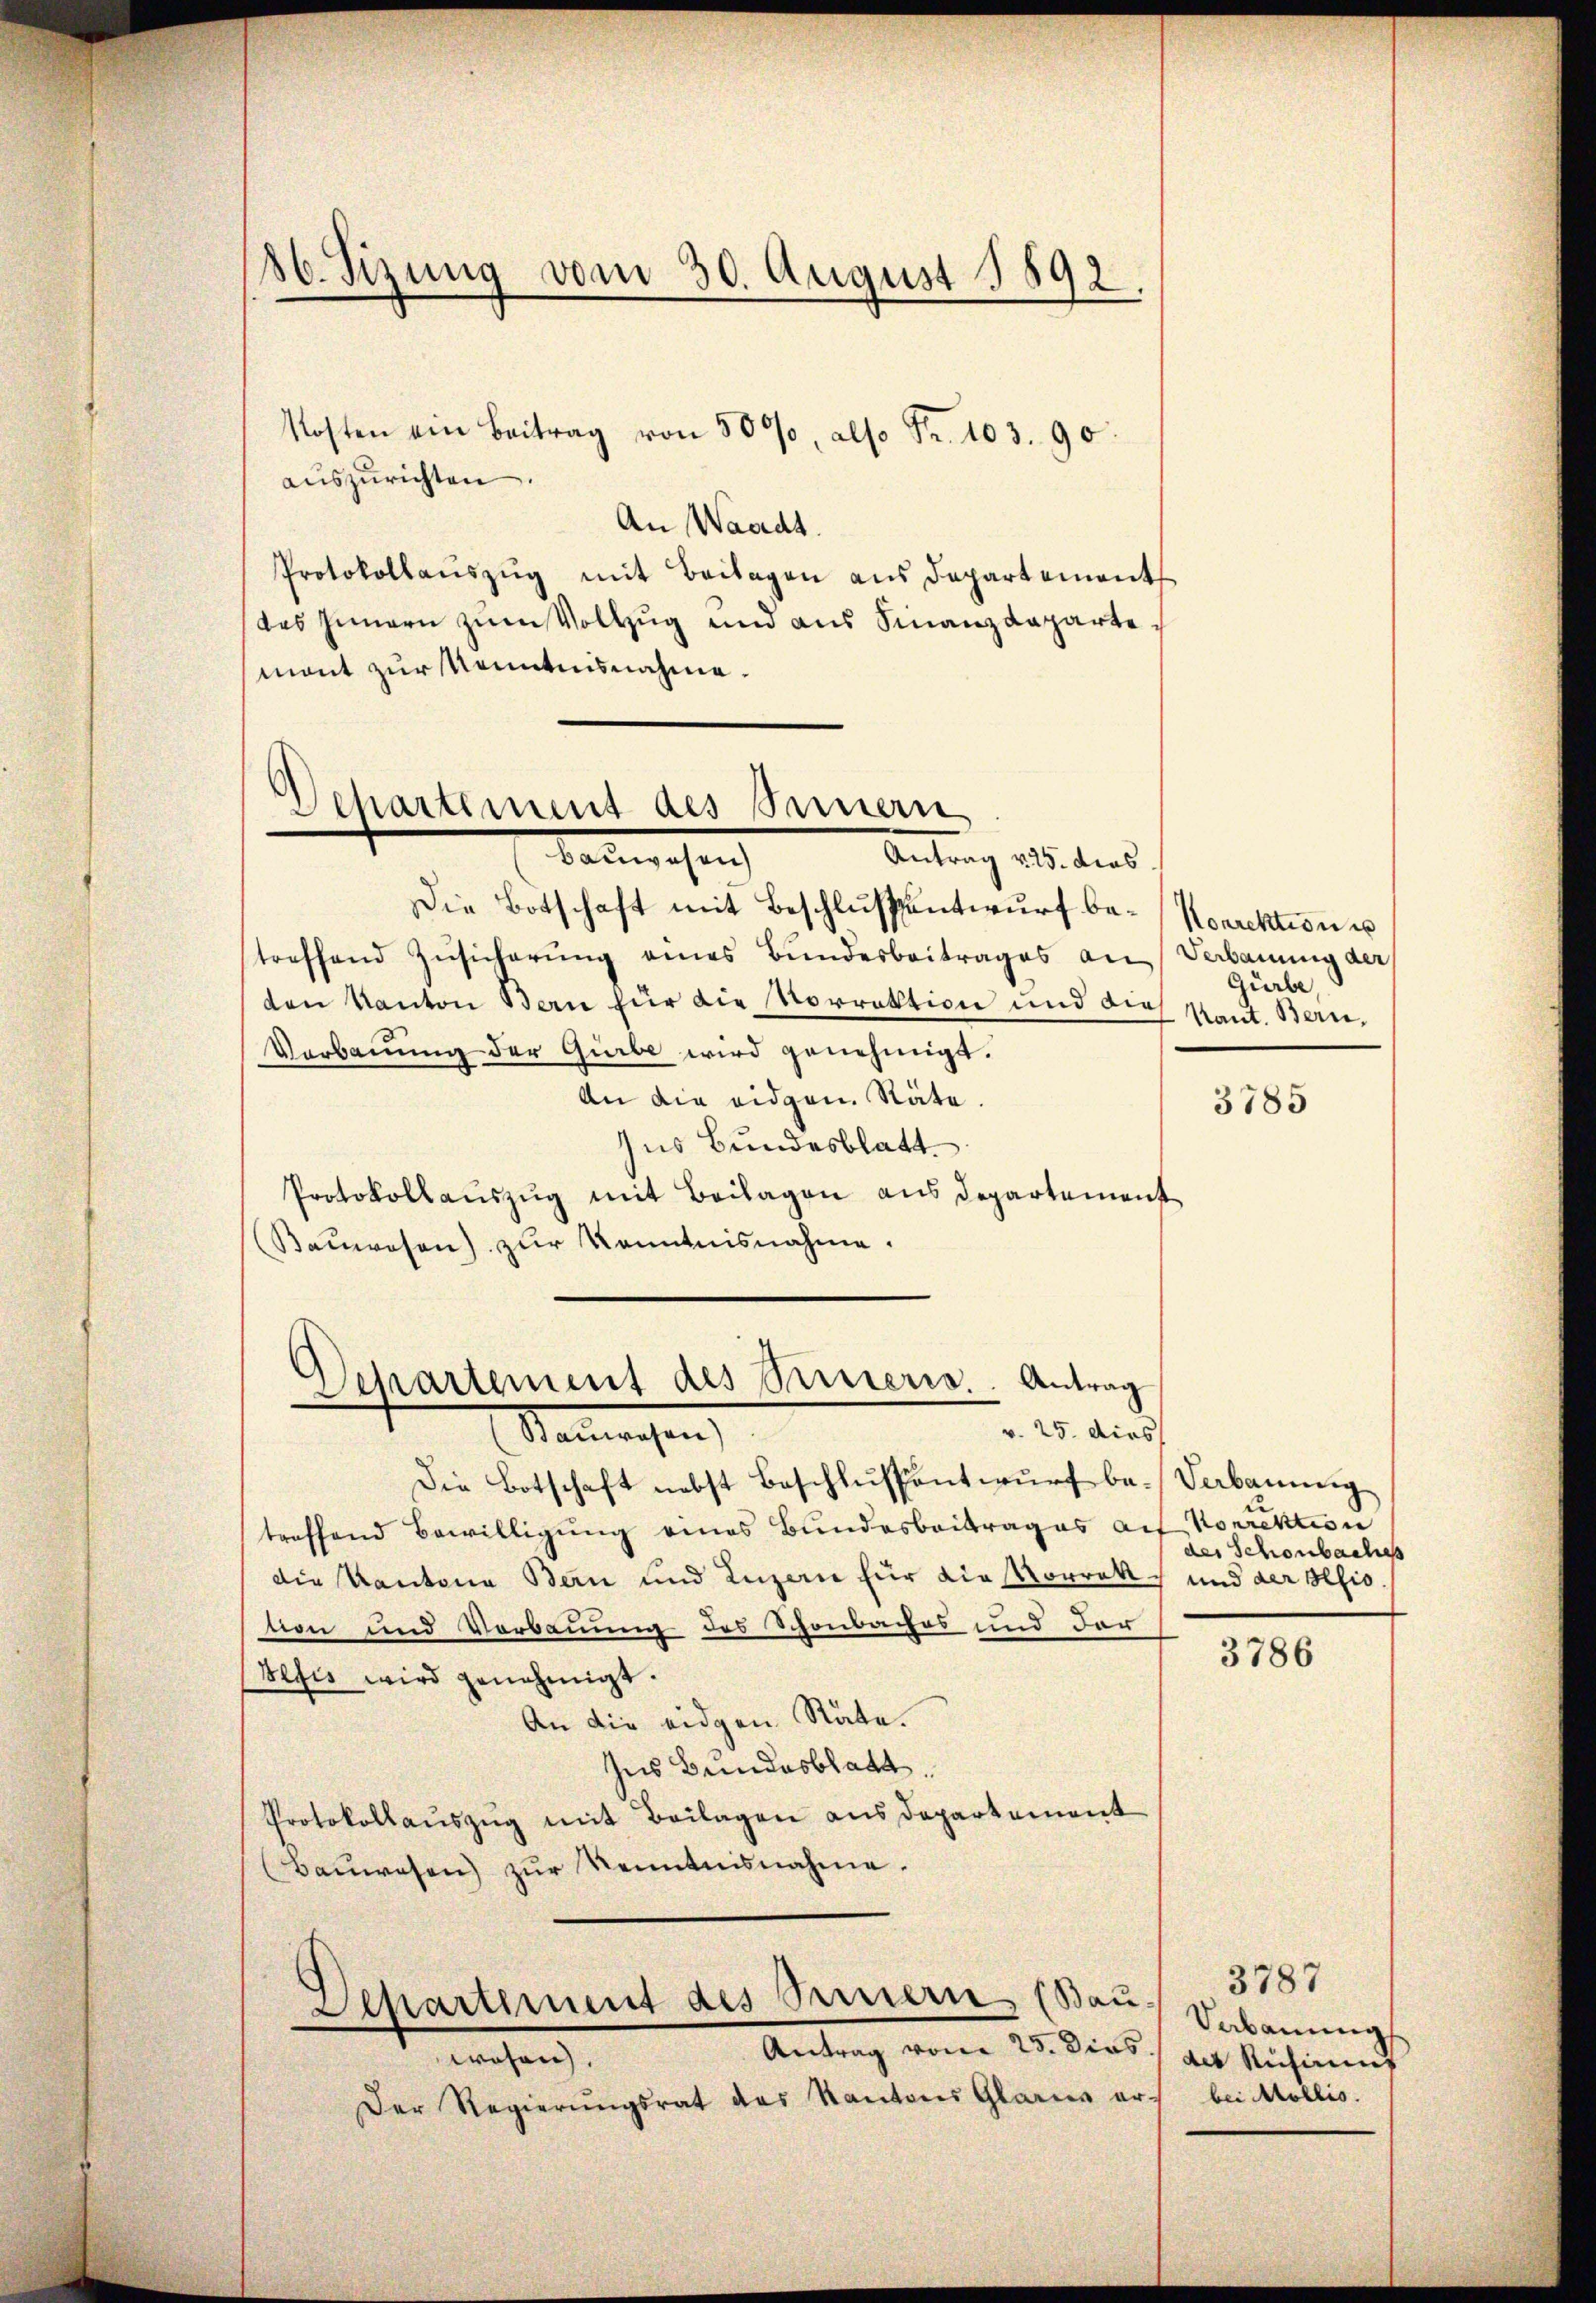
86. Sizung vom 30. August 1892.

Kosten ein Beitrag von 50%, also Fr. 103. 90.
auszurichten
An Waadt.
Protokollaŭszŭg mit Beilagen aus Departement
das Innern zum Vollzug und aus Finanzdeparte
mont zur Kenntnisnahme.

Dehartement des Sinnern
Badewesen
Antrag 225. dies

Die Botschaft mit Beschlussentwurf be- Korrektion u
treffend Zusicherung eines Bundesbeitrages an Verbauung der
ten Kanton Bern für die Vorrektion und die
Verbauung der Gürbe wird genehmigt.
An die eidgen. Stäte.
zus Bundesblatt
Protokollaŭszŭg mit Beilagen aus Departement
Baŭwesen zŭr Kenntnisnahme.

Departement des Serieris. Antrag
v. 25. dies

Separtement des Stern (Bau.
Antrag vom 25. Dies des Rührung
wesen.

Der Regierŭngsrat des Kantons Glarus er bei Mollis.

Stammungen
Die Botschaft nebst Beschlŭssentwŭrf be-Verbaumig
treffend Bewilligung eines Bundesbeitrages auf Korrektion
die Kantone Bern und Luzern für die Vorrekt und der sesio.
nen und Verbauung des Schönbaches und der
Vefis wird genehmigt.
An die eidgen Rate.
Ins Bundesblatt.
Protokollaŭszŭg mit Beilagen aus Departement
Bauwesen zŭr Kenntnisnahme.

Gürbe,
Kant. Bern,

3785

des Schönbaches

3786

3787
Vebauung